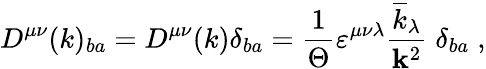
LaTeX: D^{\mu\nu}(k)_{ba}=D^{\mu\nu}(k)\delta_{ba}=\frac{1}{\Theta}\varepsilon^{\mu\nu\lambda}\frac{\overline{{{k}}}_{\lambda}}{{\mathbf k}^{2}}\; \delta_{ba}\; ,